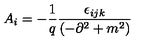
A _ { i } = - \frac { 1 } { q } \frac { \epsilon _ { i j k } } { \left( - \partial ^ { 2 } + m ^ { 2 } \right) }